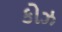
કોઝ